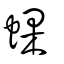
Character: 蜾